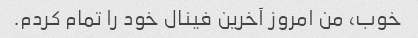
خوب، من امروز آخرین فینال خود را تمام کردم.